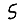
Digit: 5